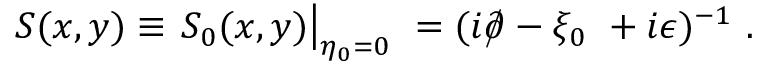
S ( x , y ) \equiv \left. S _ { 0 } ( x , y ) \right| _ { \eta _ { 0 } = 0 } ~ = ( i { \rlap / \partial } - \xi _ { 0 } ~ + i \epsilon ) ^ { - 1 } ~ .